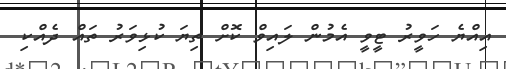
އިއްޔެ ހަވީރު ޓީވީ އެމުން ލައިވް ކޮށް ތިޔަ ކުޅިވަރު ތައް ދެއްކި